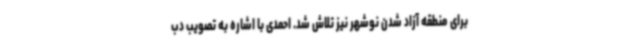
برای منطقه آزاد شدن نوشهر نیز تلاش شد. احمدی با اشاره به تصویب دب